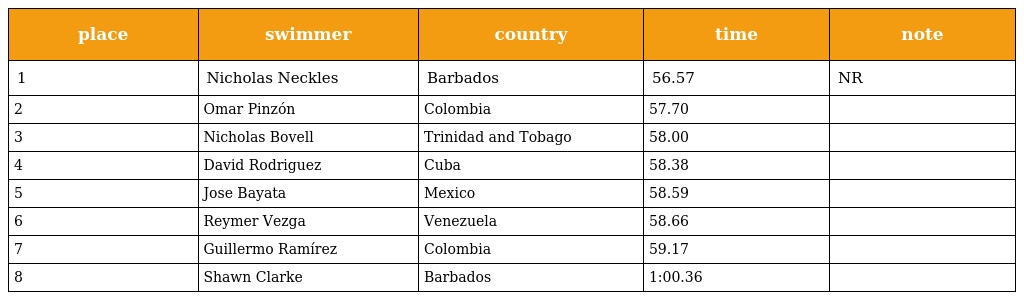
| place | swimmer | country | time | note |
 | --- | --- | --- | --- | --- |
 | 1 | Nicholas Neckles | Barbados | 56.57 | NR |
 | 2 | Omar Pinzón | Colombia | 57.70 |  |
 | 3 | Nicholas Bovell | Trinidad and Tobago | 58.00 |  |
 | 4 | David Rodriguez | Cuba | 58.38 |  |
 | 5 | Jose Bayata | Mexico | 58.59 |  |
 | 6 | Reymer Vezga | Venezuela | 58.66 |  |
 | 7 | Guillermo Ramírez | Colombia | 59.17 |  |
 | 8 | Shawn Clarke | Barbados | 1:00.36 |  |